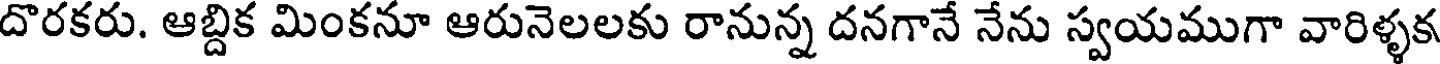
దొరకరు. ఆబ్దిక మింకనూ ఆరునెలలకు రానున్న దనగానే నేను స్వయముగా వారిళ్ళక